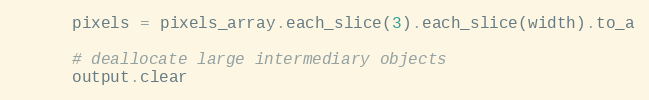
Language: Ruby
      pixels = pixels_array.each_slice(3).each_slice(width).to_a

      # deallocate large intermediary objects
      output.clear